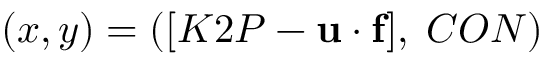
( x , y ) = ( [ K 2 P - \mathbf { u \cdot f } ] , \; C O N )